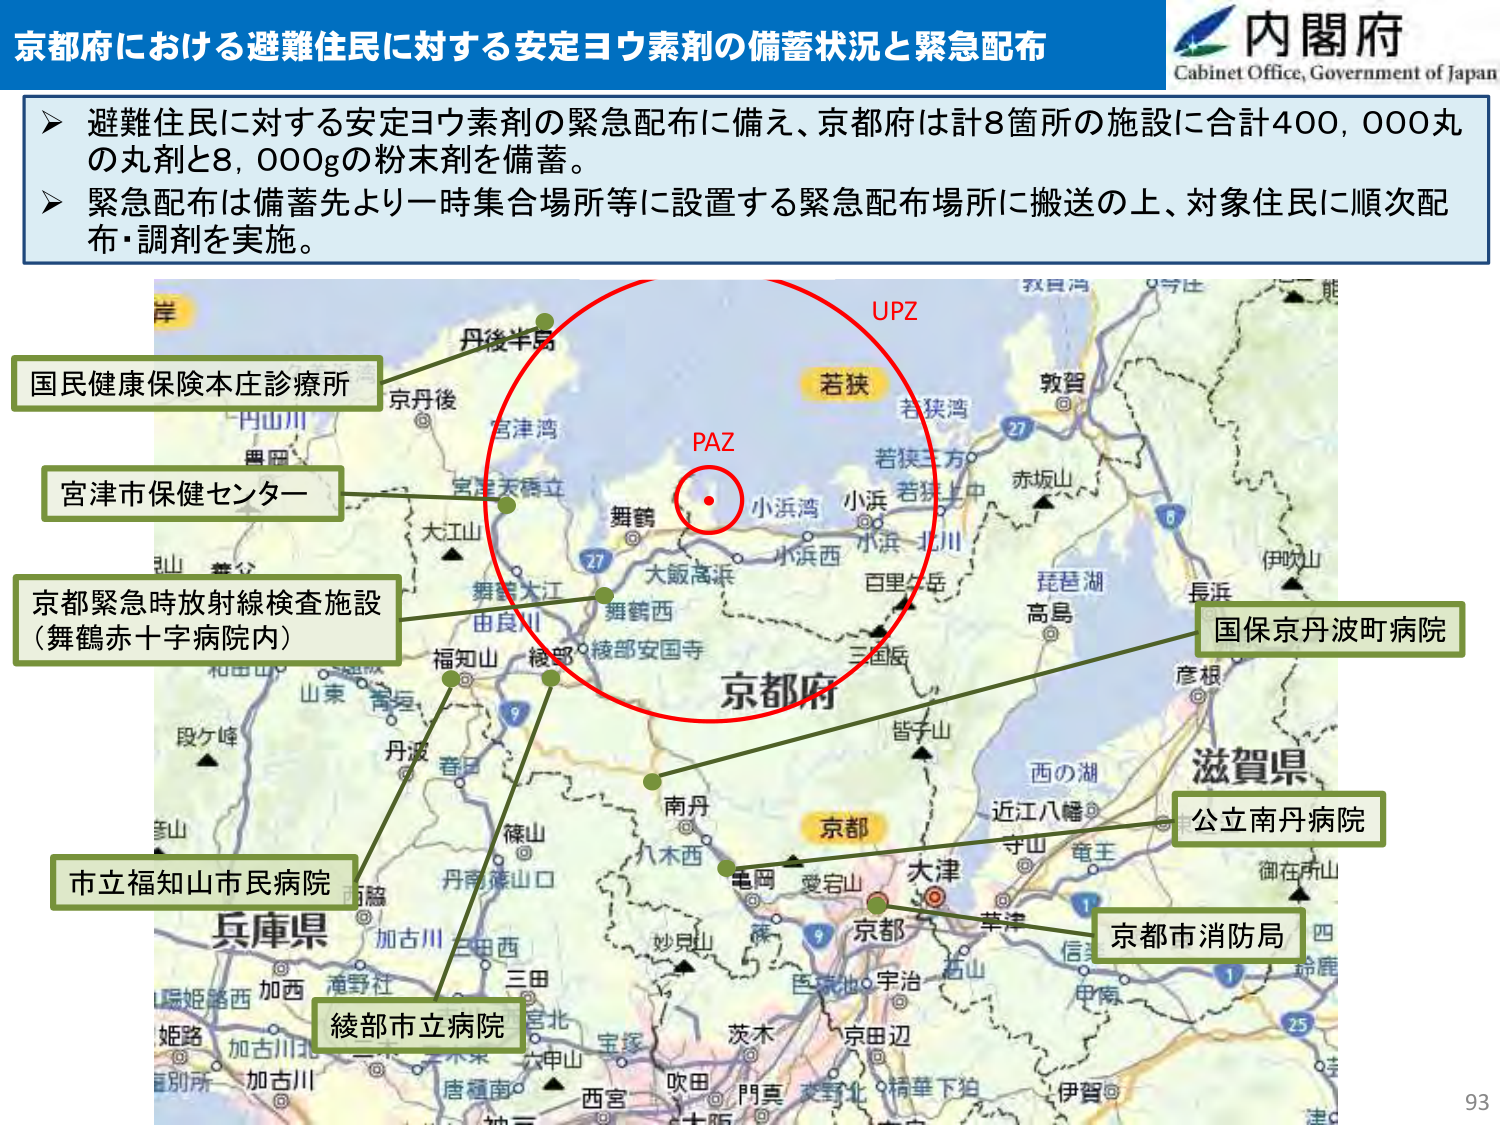
京都府における避難住民に対する安定ヨウ素剤の備蓄状況と緊急配布

内閣府
Cabinet Office, Government of Japan

➤ 避難住民に対する安定ヨウ素剤の緊急配布に備え、京都府は計8箇所の施設に合計400,000丸の丸剤と8,000gの粉末剤を備蓄。
➤ 緊急配布は備蓄先より一時集合場所等に設置する緊急配布場所に搬送の上、対象住民に順次配布・調剤を実施。

国民健康保険本庄診療所
宮津市保健センター
京都緊急時放射線検査施設（舞鶴赤十字病院内）
市立福知山市民病院
綾部市立病院
国保京丹波町病院
公立南丹病院
京都市消防局

PAZ
UPZ

京都府
滋賀県
兵庫県

丹後半島
京丹後
宮津湾
若狭
若狭湾
敦賀
若狭三方
赤坂山
小浜
小浜湾
小浜西
百里ヶ岳
若狭上中
北川
琵琶湖
高島
長浜
伊吹山
御在所山
西の湖
近江八幡
守山
竜王
大津
草津
京都
愛宕山
亀岡
八木西
南丹
篠山
丹南篠山口
丹波
春日
福知山
由良川
舞鶴大江
舞鶴西
大飯高原
舞鶴
綾部
綾部安国寺
三國岳
皆子山
山東
和田山
段ケ峰
加古川
加西
滝野社
三田
西宮
宝塚
吹田
門真
枚方
守口
大東
茨木
京田辺
宇治
亀岡
八幡
淀
京都市
甲南
伊賀
信楽
四條畷
27
27
9
9
1
1
25

93